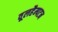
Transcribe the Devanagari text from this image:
वूलहैम्पटन